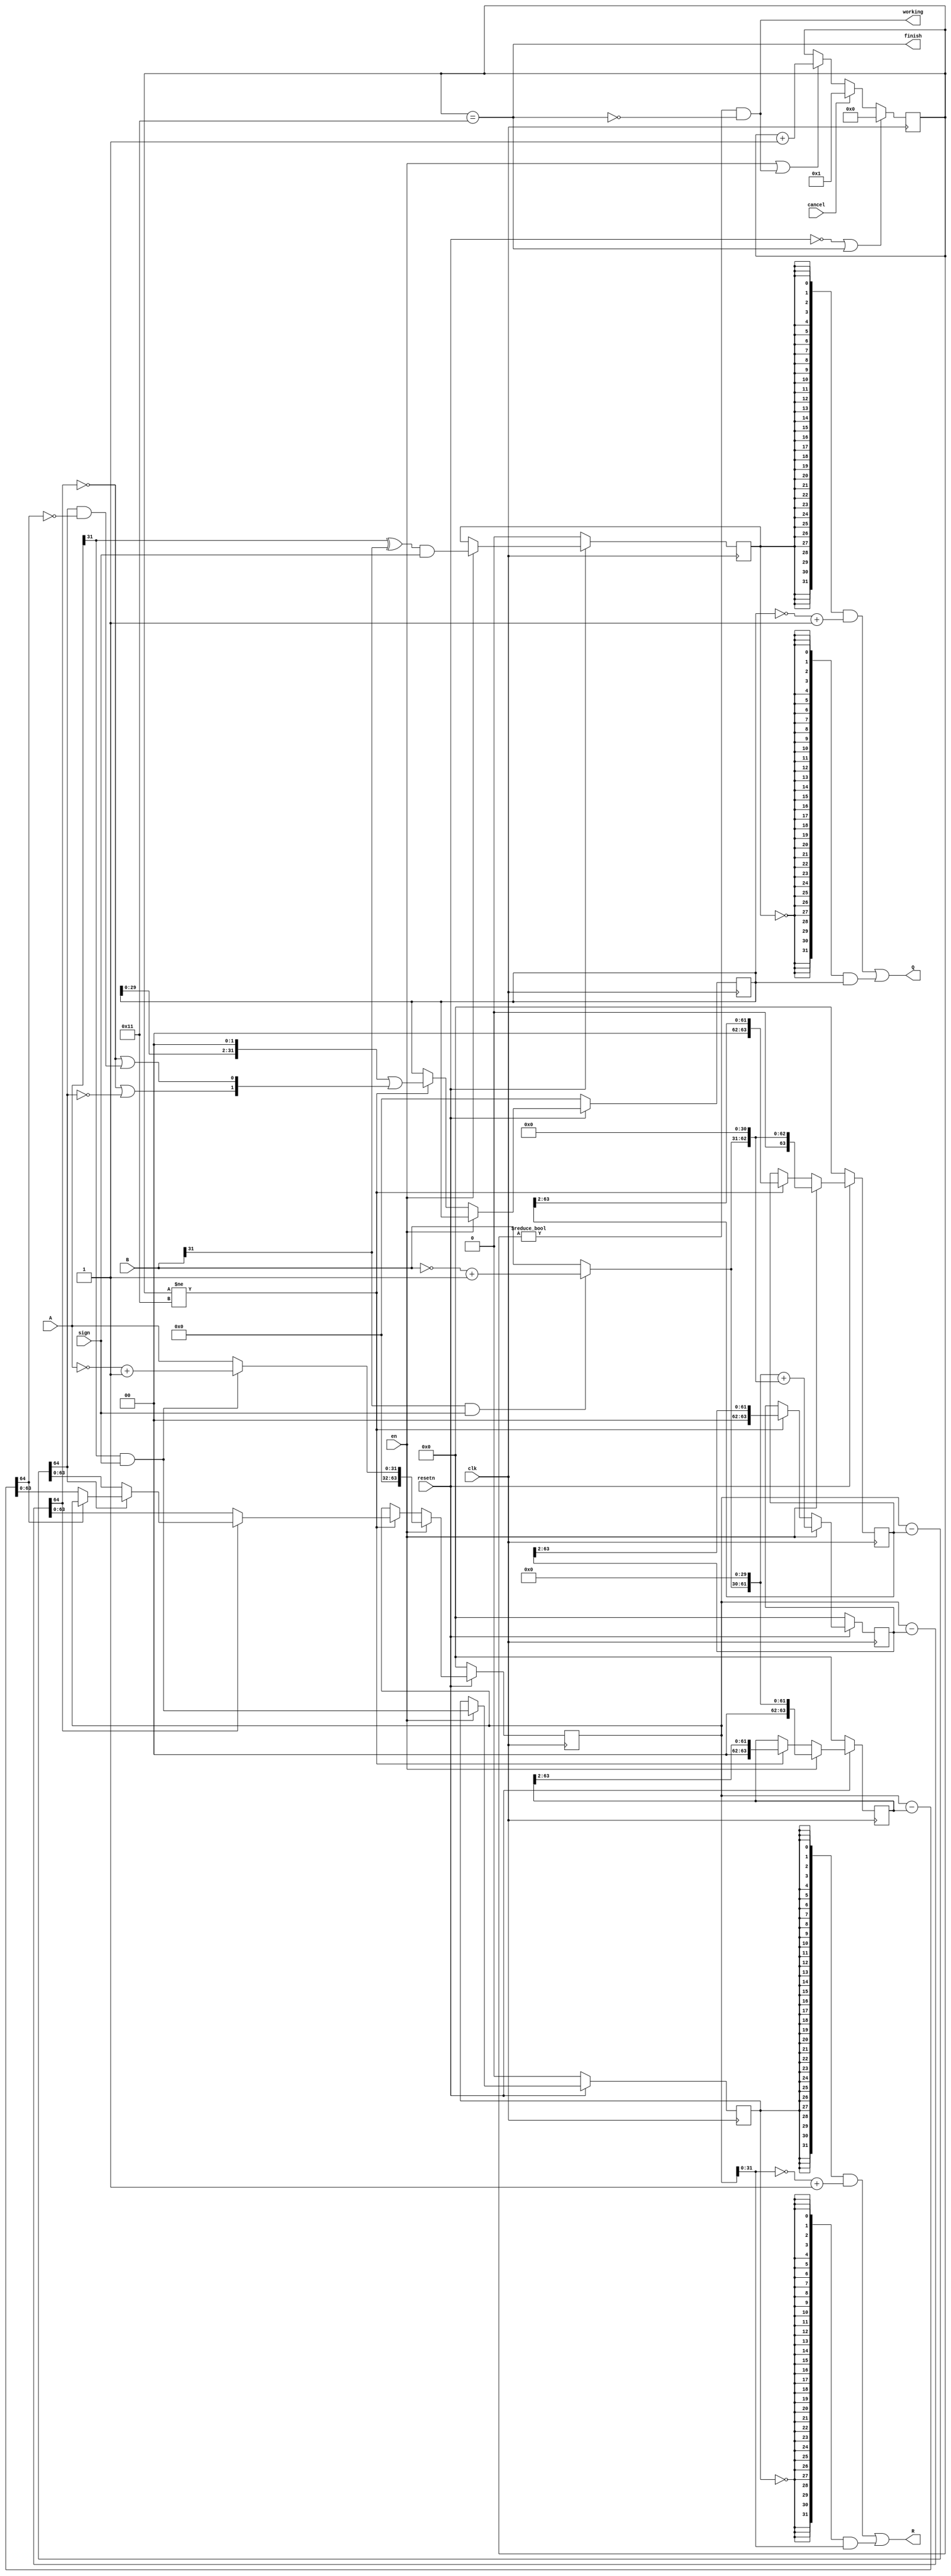
`timescale 1ns/1ps

// * A / B
module div(
    input   clk,
    input   resetn,
    
    input   en,         // * , 1: , 0: 
    input   sign,       // * 1: signed, 0: else
    input [31:0]    A,
    input [31:0]    B,
    input           cancel,

    output [31:0]   Q,  // * Quotient
    output [31:0]   R,  // * remainder

    output          working,
    output          finish
);

    reg [4:0] cnt;
    reg sign_Q, sign_R;  
    reg [63:0] x, y1, y2, y3;
    reg [31:0] quot;
    wire [63:0] y1_init = {2'd0, (B[31] && sign) ? ~B+1'b1 : B, 30'd0};
    wire [64:0] sub1 = x - y1;
    wire [64:0] sub2 = x - y2;
    wire [64:0] sub3 = x - y3;

    always @(posedge clk) begin
        if(!resetn || finish)   cnt <= 5'd0;
        else if(cancel)         cnt <= 5'd1;
        else if(en || working)  cnt <= cnt+5'd1;
    end

    always @(posedge clk) begin
        if(!resetn) begin
            x   <= 64'd0;
            y1  <= 64'd0;
            y2  <= 64'd0;
            y3  <= 64'd0;
            quot<= 32'd0;
            sign_Q  <= 1'b0;
            sign_R  <= 1'b0;
        end
        else if(en) begin
            x   <= {32'd0, A[31] && sign ? ~A+1'b1 : A};
            y1  <= y1_init;
            y2  <= y1_init << 1;
            y3  <= y1_init + (y1_init << 1);
            sign_Q  <= (A[31]^B[31]) && sign;
            sign_R  <= A[31] && sign;
        end
        else if(cnt != 5'd17) begin
            x   <=  !sub3[64] ? sub3[63:0] :
                    !sub2[64] ? sub2[63:0] :
                    !sub1[64] ? sub1[63:0] : x;
            y1  <= y1 >> 2;
            y2  <= y2 >> 2;
            y3  <= y3 >> 2;
            quot<= (quot << 2) | {30'd0, {!sub3[64] || !sub2[64], !sub3[64] || (sub2[64] && !sub1[64])}};
        end
    end

    assign Q    = {32{sign_Q}}  & (~quot+1'b1)
                | {32{!sign_Q}} & quot;
    assign R    = {32{sign_R}}  & (~x[31:0]+1'b1)
                | {32{!sign_R}} & x[31:0];
    assign working = cnt != 5'd0 && !finish;
    assign finish = cnt == 5'd17;

endmodule